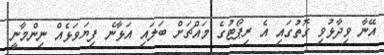
އޭނާ ވިދާޅުވި ގޮތުގައި އެ ރިޕޯޓުގެ މައްޗަށް ބަލައި އަޅާނެ ފިޔަވަޅެއް ނިންމާނީ